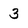
Character: 3